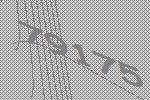
79175